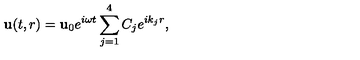
{ \bf u } ( t , r ) = { \bf u } _ { 0 } e ^ { i \omega t } \sum _ { j = 1 } ^ { 4 } C _ { j } e ^ { i k _ { j } r } ,